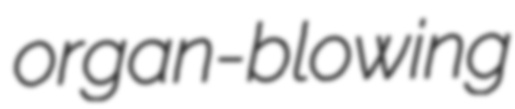
organ-blowing